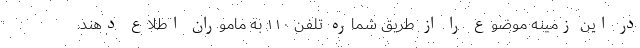
در این زمینه موضوع را از طریق شماره تلفن ۱۱۰ به ماموران اطلاع دهند.